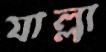
যাল্লা